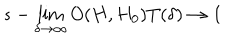
LaTeX: s - \lim _ { \delta \rightarrow \infty } O ( H , H _ { 0 } ) T ( \delta ) \rightarrow \mathbf { 1 }